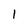
Character: 1